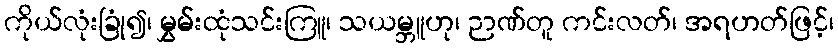
ကိုယ်လုံးခြုံ၍၊ မွှမ်းထုံသင်းကြူ၊ သယမ္ဘူဟု၊ ဉာဏ်တူ ကင်းလတ်၊ အရဟတ်ဖြင့်၊